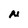
Character: N